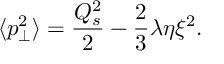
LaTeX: \langle p _ { \bot } ^ { 2 } \rangle = \frac { Q _ { s } ^ { 2 } } { 2 } - \frac { 2 } { 3 } \lambda \eta \xi ^ { 2 } .